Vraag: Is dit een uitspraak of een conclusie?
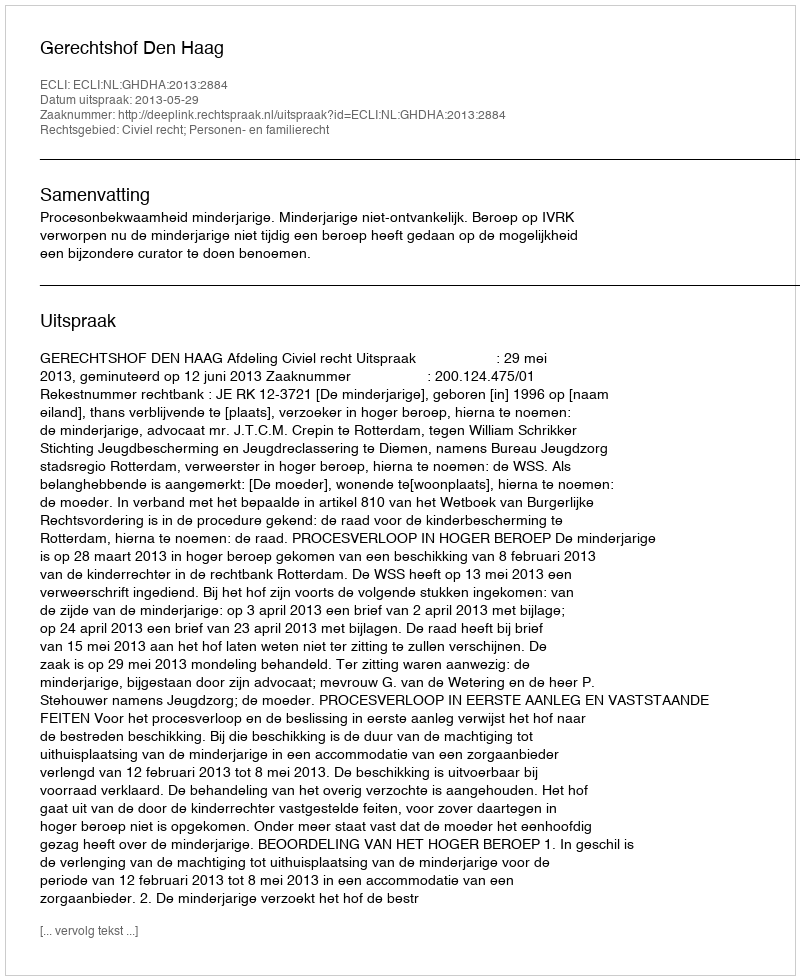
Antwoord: Uitspraak